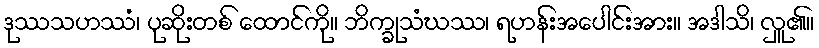
ဒုဿသဟဿံ၊ ပုဆိုးတစ် ထောင်ကို။ ဘိက္ခုသံဃဿ၊ ရဟန်းအပေါင်းအား။ အဒါသိ၊ လှူ၏။